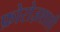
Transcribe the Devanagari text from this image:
फ़ोरोज़शाही